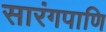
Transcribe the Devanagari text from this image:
सारंगपाणि